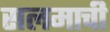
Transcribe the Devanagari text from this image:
सलमाची